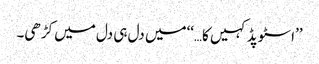
’’اسٹوپڈ کہیں کا…‘‘میں دل ہی دل میں کڑھی۔